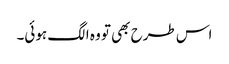
اس طرح بھی تو وہ الگ ہوئی۔